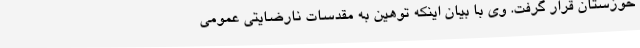
خوزستان قرار گرفت. وی با بیان اینکه توهین به مقدسات نارضایتی عمومی